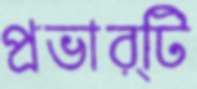
প্রভার্টি